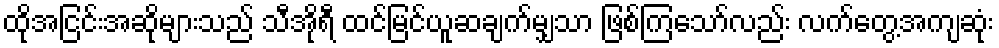
ထိုအငြင်းအဆိုများသည် သီအိုရီ ထင်မြင်ယူဆချက်မျှသာ ဖြစ်ကြသော်လည်း လက်တွေ့အကျဆုံး